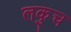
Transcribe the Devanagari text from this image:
लकुच